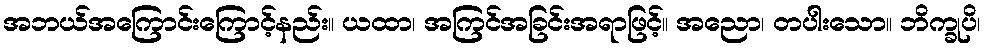
အဘယ်အကြောင်းကြောင့်နည်း။ ယထာ၊ အကြင်အခြင်းအရာဖြင့်။ အညော၊ တပါးသော။ ဘိက္ခုပိ၊